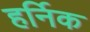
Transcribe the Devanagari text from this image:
हर्निक